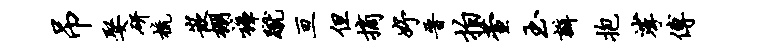
吊娶研梳嵌棚裤蹴亘但摘妤晋拍萱玉瓣抱挲傅